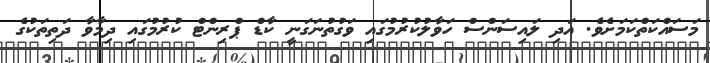
މަސައްކަތްކަމަށެވެ. އަދި ލައިސަންސް ހަވާލުކުރުމުގައި ވަގުތުނަގަނީ ކާޑް ޕްރިންޓް ކުރުމުގައި ދިމާވާ ދަތިތަކުގެ